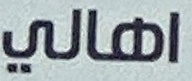
اهالي